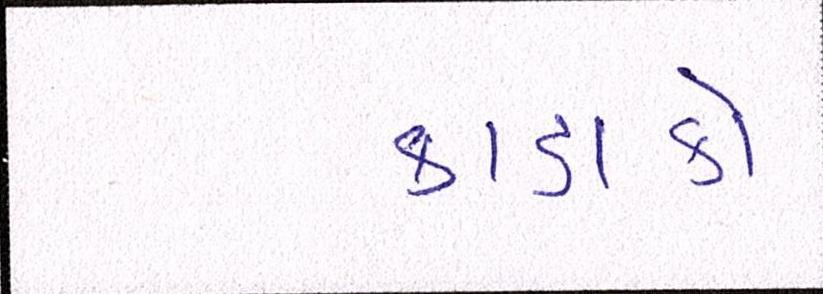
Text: કડાકો